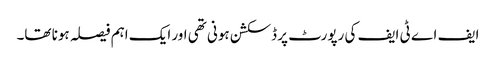
ایف اے ٹی ایف کی رپورٹ پر ڈسکشن ہونی تھی اور ایک اہم فیصلہ ہونا تھا۔